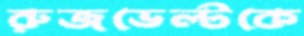
রুজভেল্টকে